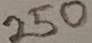
Text: 250